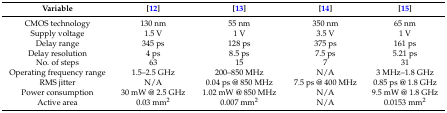
<table><thead><tr><td><b>Variable</b></td><td><b>[12]</b></td><td><b>[13]</b></td><td><b>[14]</b></td><td><b>[15]</b></td></tr></thead><tbody><tr><td>CMOS technology</td><td>130 nm</td><td>55 nm</td><td>350 nm</td><td>65 nm</td></tr><tr><td>Supply voltage</td><td>1.5 V</td><td>1 V</td><td>3.5 V</td><td>1 V</td></tr><tr><td>Delay range</td><td>345 ps</td><td>128 ps</td><td>375 ps</td><td>161 ps</td></tr><tr><td>Delay resolution</td><td>4 ps</td><td>8.5 ps</td><td>7.5 ps</td><td>5.21 ps</td></tr><tr><td>No. of steps</td><td>63</td><td>15</td><td>7</td><td>31</td></tr><tr><td>Operating frequency range</td><td>1.5–2.5 GHz</td><td>200–850 MHz</td><td>N/A</td><td>3 MHz–1.8 GHz</td></tr><tr><td>RMS jitter</td><td>N/A</td><td>0.04 ps @ 850 MHz</td><td>7.5 ps @ 400 MHz</td><td>0.85 ps @ 1.8 GHz</td></tr><tr><td>Power consumption</td><td>30 mW @ 2.5 GHz</td><td>1.02 mW @ 850 MHz</td><td>N/A</td><td>9.5 mW @ 1.8 GHz</td></tr><tr><td>Active area</td><td>0.03 mm<sup>2</sup></td><td>0.007 mm<sup>2</sup></td><td>N/A</td><td>0.0153 mm<sup>2</sup></td></tr></tbody></table>